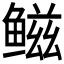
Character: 𫚤